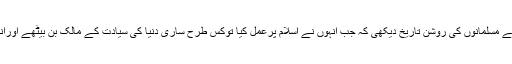
اورجسمانی ونفسیاتی بیماریاں مسلمانوں میں نہ ہونے کے برابر ہیں مثلا ایڈزوغیرہ ، اورجب ان لوگوں نے مسلمانوں کی روشن تاريخ دیکھی کہ جب انہوں نے اسلام پرعمل کیا توکس طرح ساری دنیا کی سیادت کے مالک بن بیٹھے اورانہیں کس طرح دوسری ظاہری نعمتیں حاصل ہوئيں جس کی گواہی ہربعیداورنزدیک رہنے والا دیتا ہے ۔